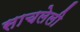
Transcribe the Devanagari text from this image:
साचलेली